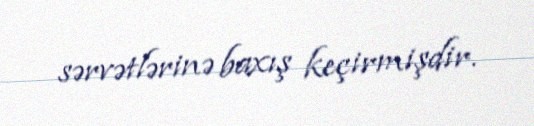
sərvətlərinə baxış keçirmişdir.